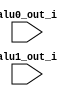
module lsu
(
    input [31:0] alu0_out_i,
    input [31:0] alu1_out_i
);

endmodule